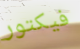
فيكتور